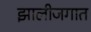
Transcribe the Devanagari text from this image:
झालीजगात